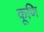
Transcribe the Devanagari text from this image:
कूणि